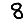
Digit: 8